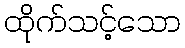
ထိုက်သင့်သော